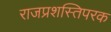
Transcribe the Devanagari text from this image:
राजप्रशस्तिपरक